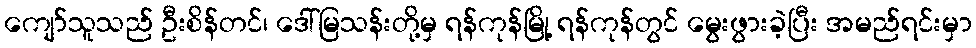
ကျော်သူသည် ဦးစိန်တင်၊ ဒေါ်မြသန်းတို့မှ ရန်ကုန်မြို့ ရန်ကုန်တွင် မွေးဖွားခဲ့ပြီး အမည်ရင်းမှာ